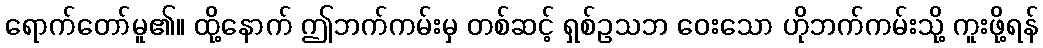
ရောက်တော်မူ၏။ ထို့နောက် ဤဘက်ကမ်းမှ တစ်ဆင့် ရှစ်ဥသဘ ဝေးသော ဟိုဘက်ကမ်းသို့ ကူးဖို့ရန်